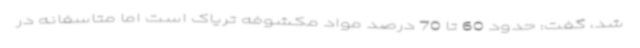
شد، گفت: حدود 60 تا 70 درصد مواد مکشوفه تریاک است اما متاسفانه در